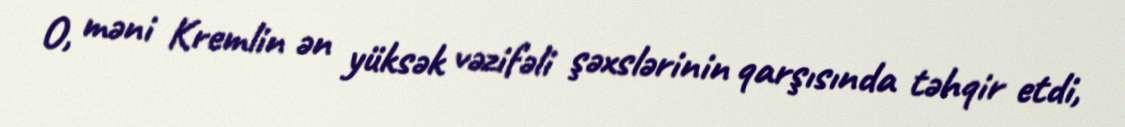
O, məni Kremlin ən yüksək vəzifəli şəxslərinin qarşısında təhqir etdi,